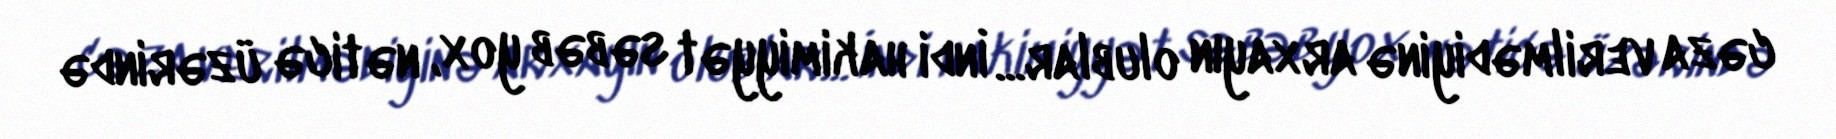
cəza verilmədiyinə arxayın olublar... İndi hakimiyyət səbəb yox, nəticə üzərində